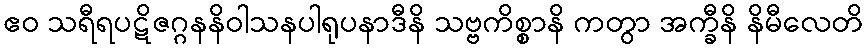
ဧဝ သရီရပဋိဇဂ္ဂနနိဝါသနပါရုပနာဒီနိ သဗ္ဗကိစ္စာနိ ကတွာ အက္ခီနိ နိမီလေတိ